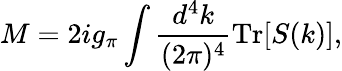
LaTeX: M=2ig_{\pi}\int\frac{d^{4}k}{(2\pi)^{4}}\mathrm{Tr}[S(k)],